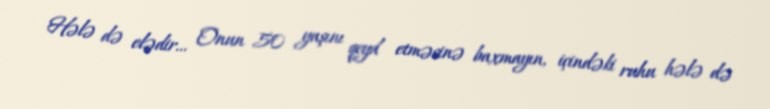
Hələ də elədir... Onun 50 yaşını qeyd etməsinə baxmayın, içindəki ruhu hələ də